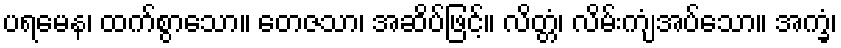
ပရမေန၊ ထက်စွာသော။ တေဇသာ၊ အဆိပ်ဖြင့်။ လိတ္တံ၊ လိမ်းကျံအပ်သော။ အက္ခံ၊